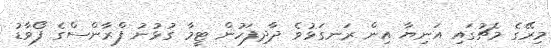
މިރޭގެ މެޗުގައި އަނިޔާ އިން ރަނގަޅުވެ ދާދިފަހުން ޓީމާ ގުޅުނު ފްރާންސްގެ ފޯވާޑު